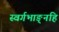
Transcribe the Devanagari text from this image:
स्वर्गभाङ्नहि